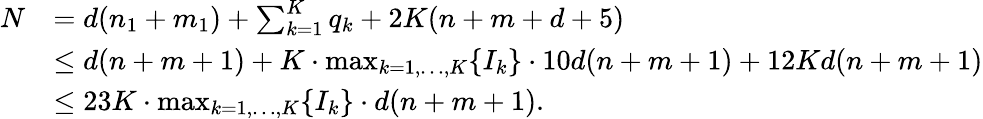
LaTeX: \begin{array}{rl}{N}&{=d(n_{1}+m_{1})+\sum_{k=1}^{K}q_{k}+2K(n+m+d+5)}\\ &{\leq d(n+m+1)+K\cdot\operatorname*{max}_{k=1,\ldots,K}\{ I_{k}\} \cdot 10d(n+m+1)+12Kd(n+m+1)}\\ &{\leq 23K\cdot\operatorname*{max}_{k=1,\ldots,K}\{ I_{k}\} \cdot d(n+m+1).}\end{array}